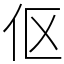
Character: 伛